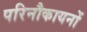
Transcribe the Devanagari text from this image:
परिनौकायनों